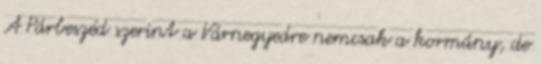
A Párbeszéd szerint a Várnegyedre nemcsak a kormány, de